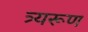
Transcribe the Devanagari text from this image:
त्र्यरूण